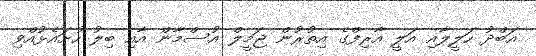
އަބްދު ހަލީލާއި އަލީ އާރިފްގެ އިތުރުން ޖަމީލް އުސްމާން އާއި ބިލު ހުށައެޅުއްވި